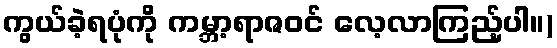
ကွယ်ခဲ့ရပုံကို ကမ္ဘာ့ရာဇဝင် လေ့လာကြည့်ပါ။)